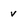
Character: v